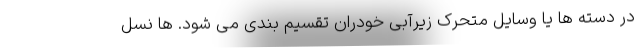
در دسته ها یا وسایل متحرک زیرآبی خودران تقسیم بندی می شود. ها نسل